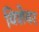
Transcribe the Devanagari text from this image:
विशेवर